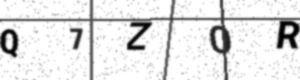
Text: Q7ZOR